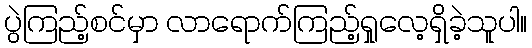
ပွဲကြည့်စင်မှာ လာရောက်ကြည့်ရှုလေ့ရှိခဲ့သူပါ။